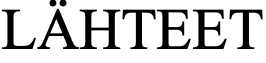
LÄHTEET